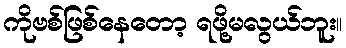
ကိုဗစ်ဖြစ်နေတော့ ရဖို့မလွယ်ဘူး။